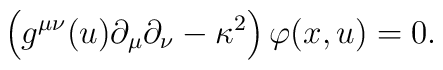
\left(g^{\mu\nu}(u) \partial_{\mu} \partial_{\nu} - \kappa^2\right) \varphi(x, u) = 0.